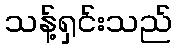
သန့်ရှင်းသည်